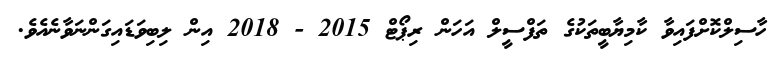
ހާސިލްކޮށްފައިވާ ކާމިޔާބީތަކުގެ ތަފްސީލް އަހަން ރިޕޯޓް 2015 - 2018 އިން ލިބިވަޑައިގަންނަވާނެއެވެ.